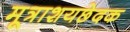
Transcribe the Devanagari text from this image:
मूत्राशयछेदक